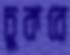
চুকবে